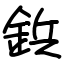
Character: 鋲